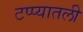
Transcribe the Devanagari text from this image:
टप्प्यातली